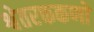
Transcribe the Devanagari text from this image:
श्वेतरक्तकणों